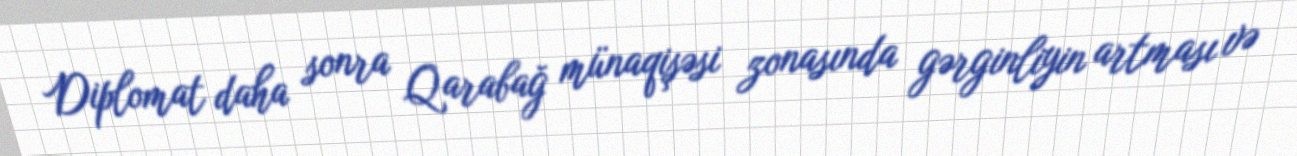
Diplomat daha sonra Qarabağ münaqişəsi zonasında gərginliyin artması və